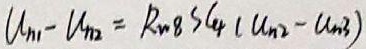
\[(u_{n1}-u_{n2}) = R_{m}gS_{4}(u_{n2}-u_{n3})\]
注意，原公式左括号无右括号匹配，我为其添加了右括号，以使公式完整。如果实际情况并非如此，请你提供更准确的信息。